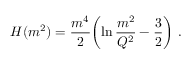
H ( m ^ { 2 } ) = { \frac { m ^ { 4 } } { 2 } } \biggl ( \ln { \frac { m ^ { 2 } } { Q ^ { 2 } } } - { \frac { 3 } { 2 } } \biggr ) \ .